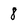
Character: 8